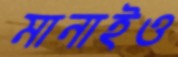
মানাইও